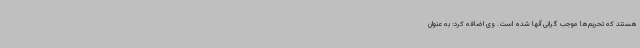
هستند که تحریم‌ها موجب گرانی آنها شده است. وی اضافه کرد: به عنوان